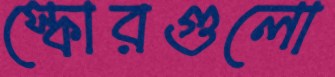
স্কোরগুলো